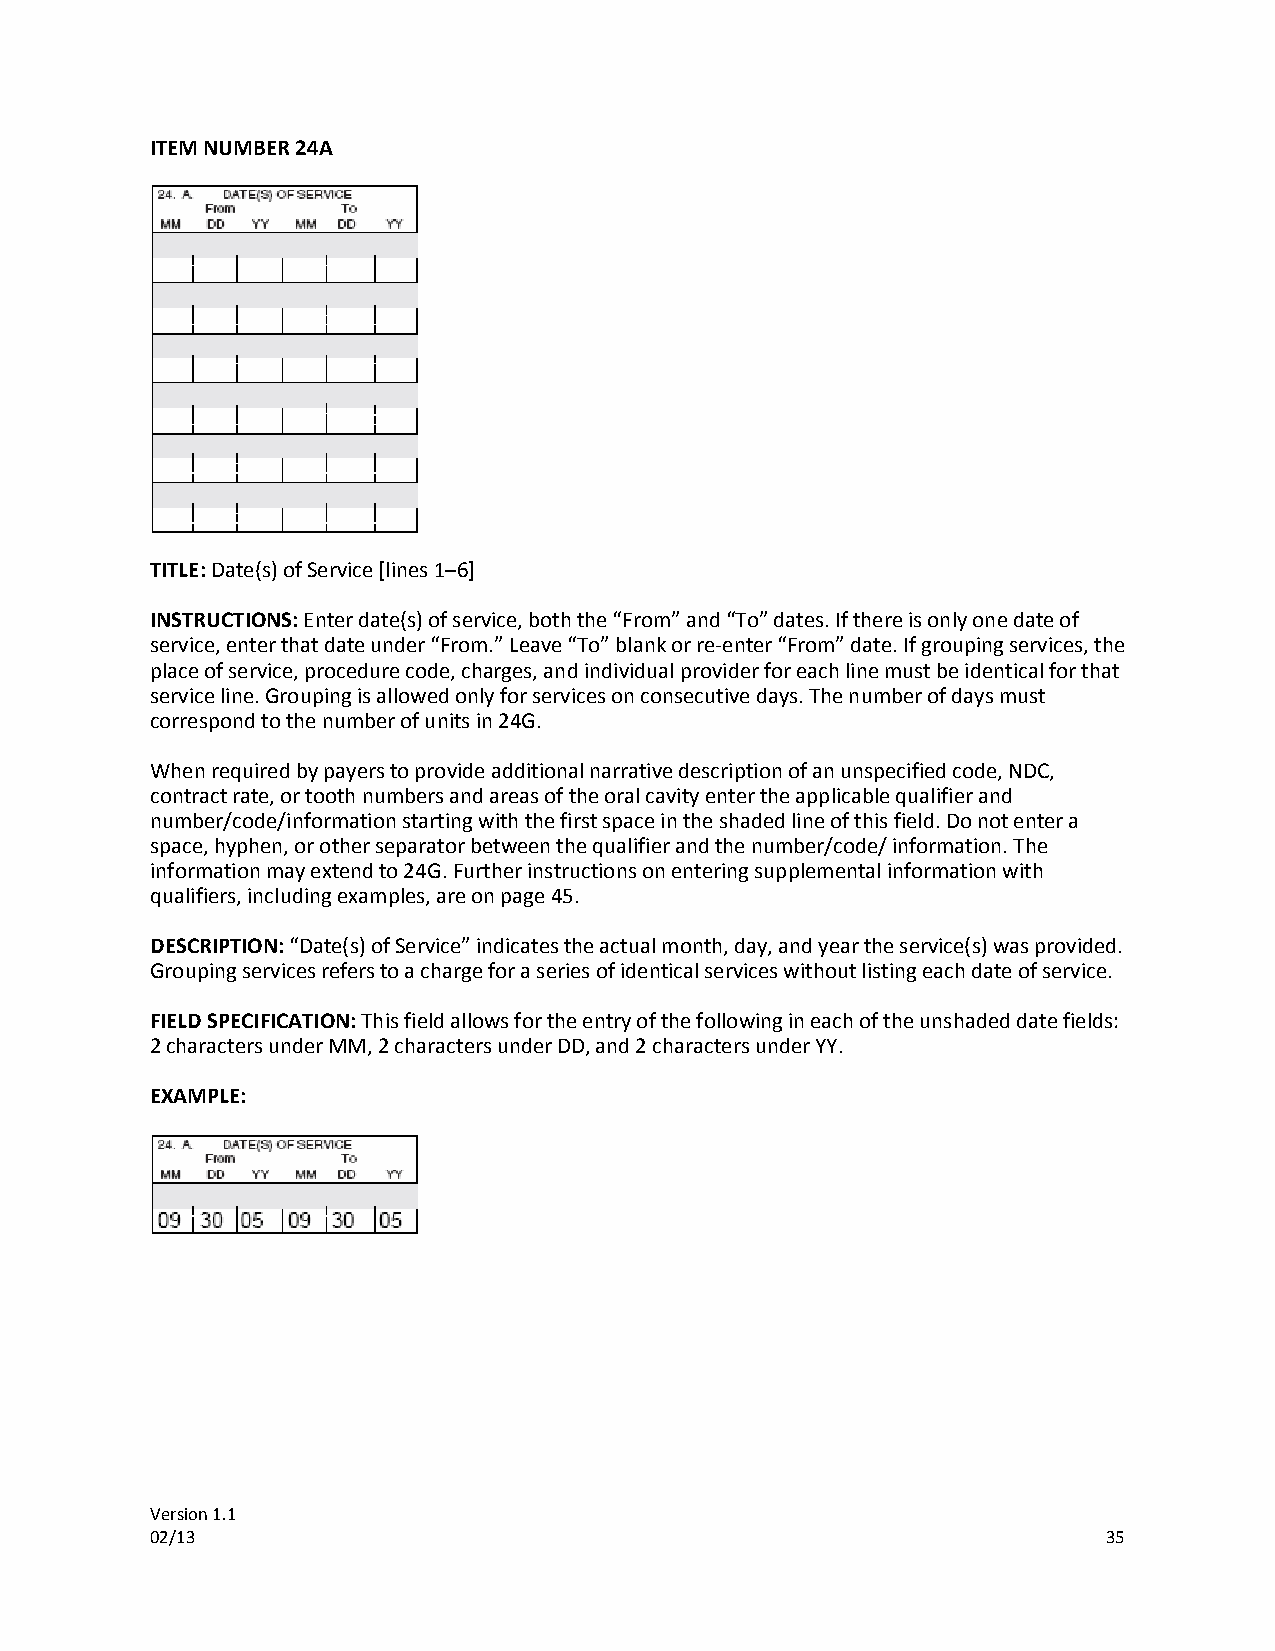
ITEM NUMBER 24A
 TITLE: Date(s) of Service [lines 1–6]
 INSTRUCTIONS: Enter date(s) of service, both the “From” and “To” dates. If there is only one date of
 service, enter that date under “From.” Leave “To” blank or re-enter “From” date. If grouping services, the
 place of service, procedure code, charges, and individual provider for each line must be identical for that
 service line. Grouping is allowed only for services on consecutive days. The number of days must
 correspond to the number of units in 24G.
 When required by payers to provide additional narrative description of an unspecified code, NDC,
 contract rate, or tooth numbers and areas of the oral cavity enter the applicable qualifier and
 number/code/information starting with the first space in the shaded line of this field. Do not enter a
 space, hyphen, or other separator between the qualifier and the number/code/ information. The
 information may extend to 24G. Further instructions on entering supplemental information with
 qualifiers, including examples, are on page 45.
 DESCRIPTION: “Date(s) of Service” indicates the actual month, day, and year the service(s) was provided.
 Grouping services refers to a charge for a series of identical services without listing each date of service.
 FIELD SPECIFICATION: This field allows for the entry of the following in each of the unshaded date fields:
 2 characters under MM, 2 characters under DD, and 2 characters under YY.
 EXAMPLE:
 Version 1.1
 02/13                                                          35